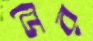
ডের